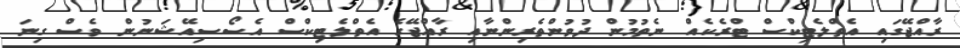
ރާއްޖޭގައި އެތްލެޓިކްސް ޓްރެކެއް ނެތުމުން ދުވުންތެރިންނާއި ރާއްޖޭގެ އެތްލެޓިކްސް އެސޯސިއޭޝަނުން ވެސް ގިނަ